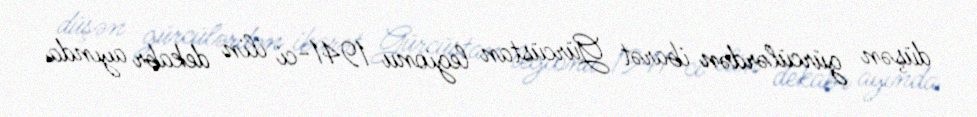
düşən gürcülərdən ibarət Gürcüstan legionu 1941-ci ilin dekabr ayında